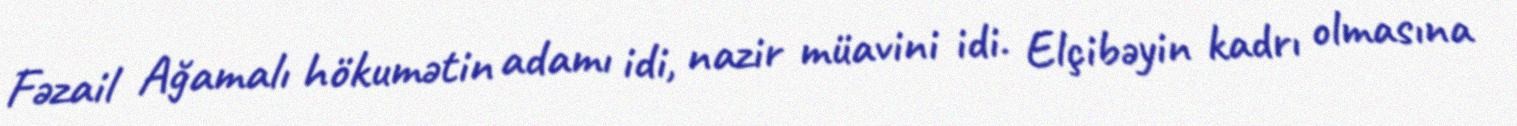
Fəzail Ağamalı hökumətin adamı idi, nazir müavini idi. Elçibəyin kadrı olmasına